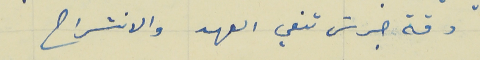
دقة جرسَ تنعي العهد والانشراح